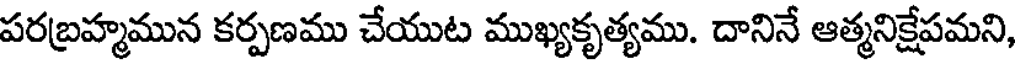
పరబ్రహ్మమున కర్పణము చేయుట ముఖ్యకృత్యము. దానినే ఆత్మనిక్షేపమని,